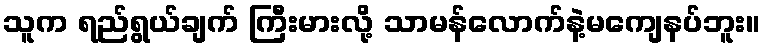
သူက ရည်ရွယ်ချက် ကြီးမားလို့ သာမန်လောက်နဲ့မကျေနပ်ဘူး။